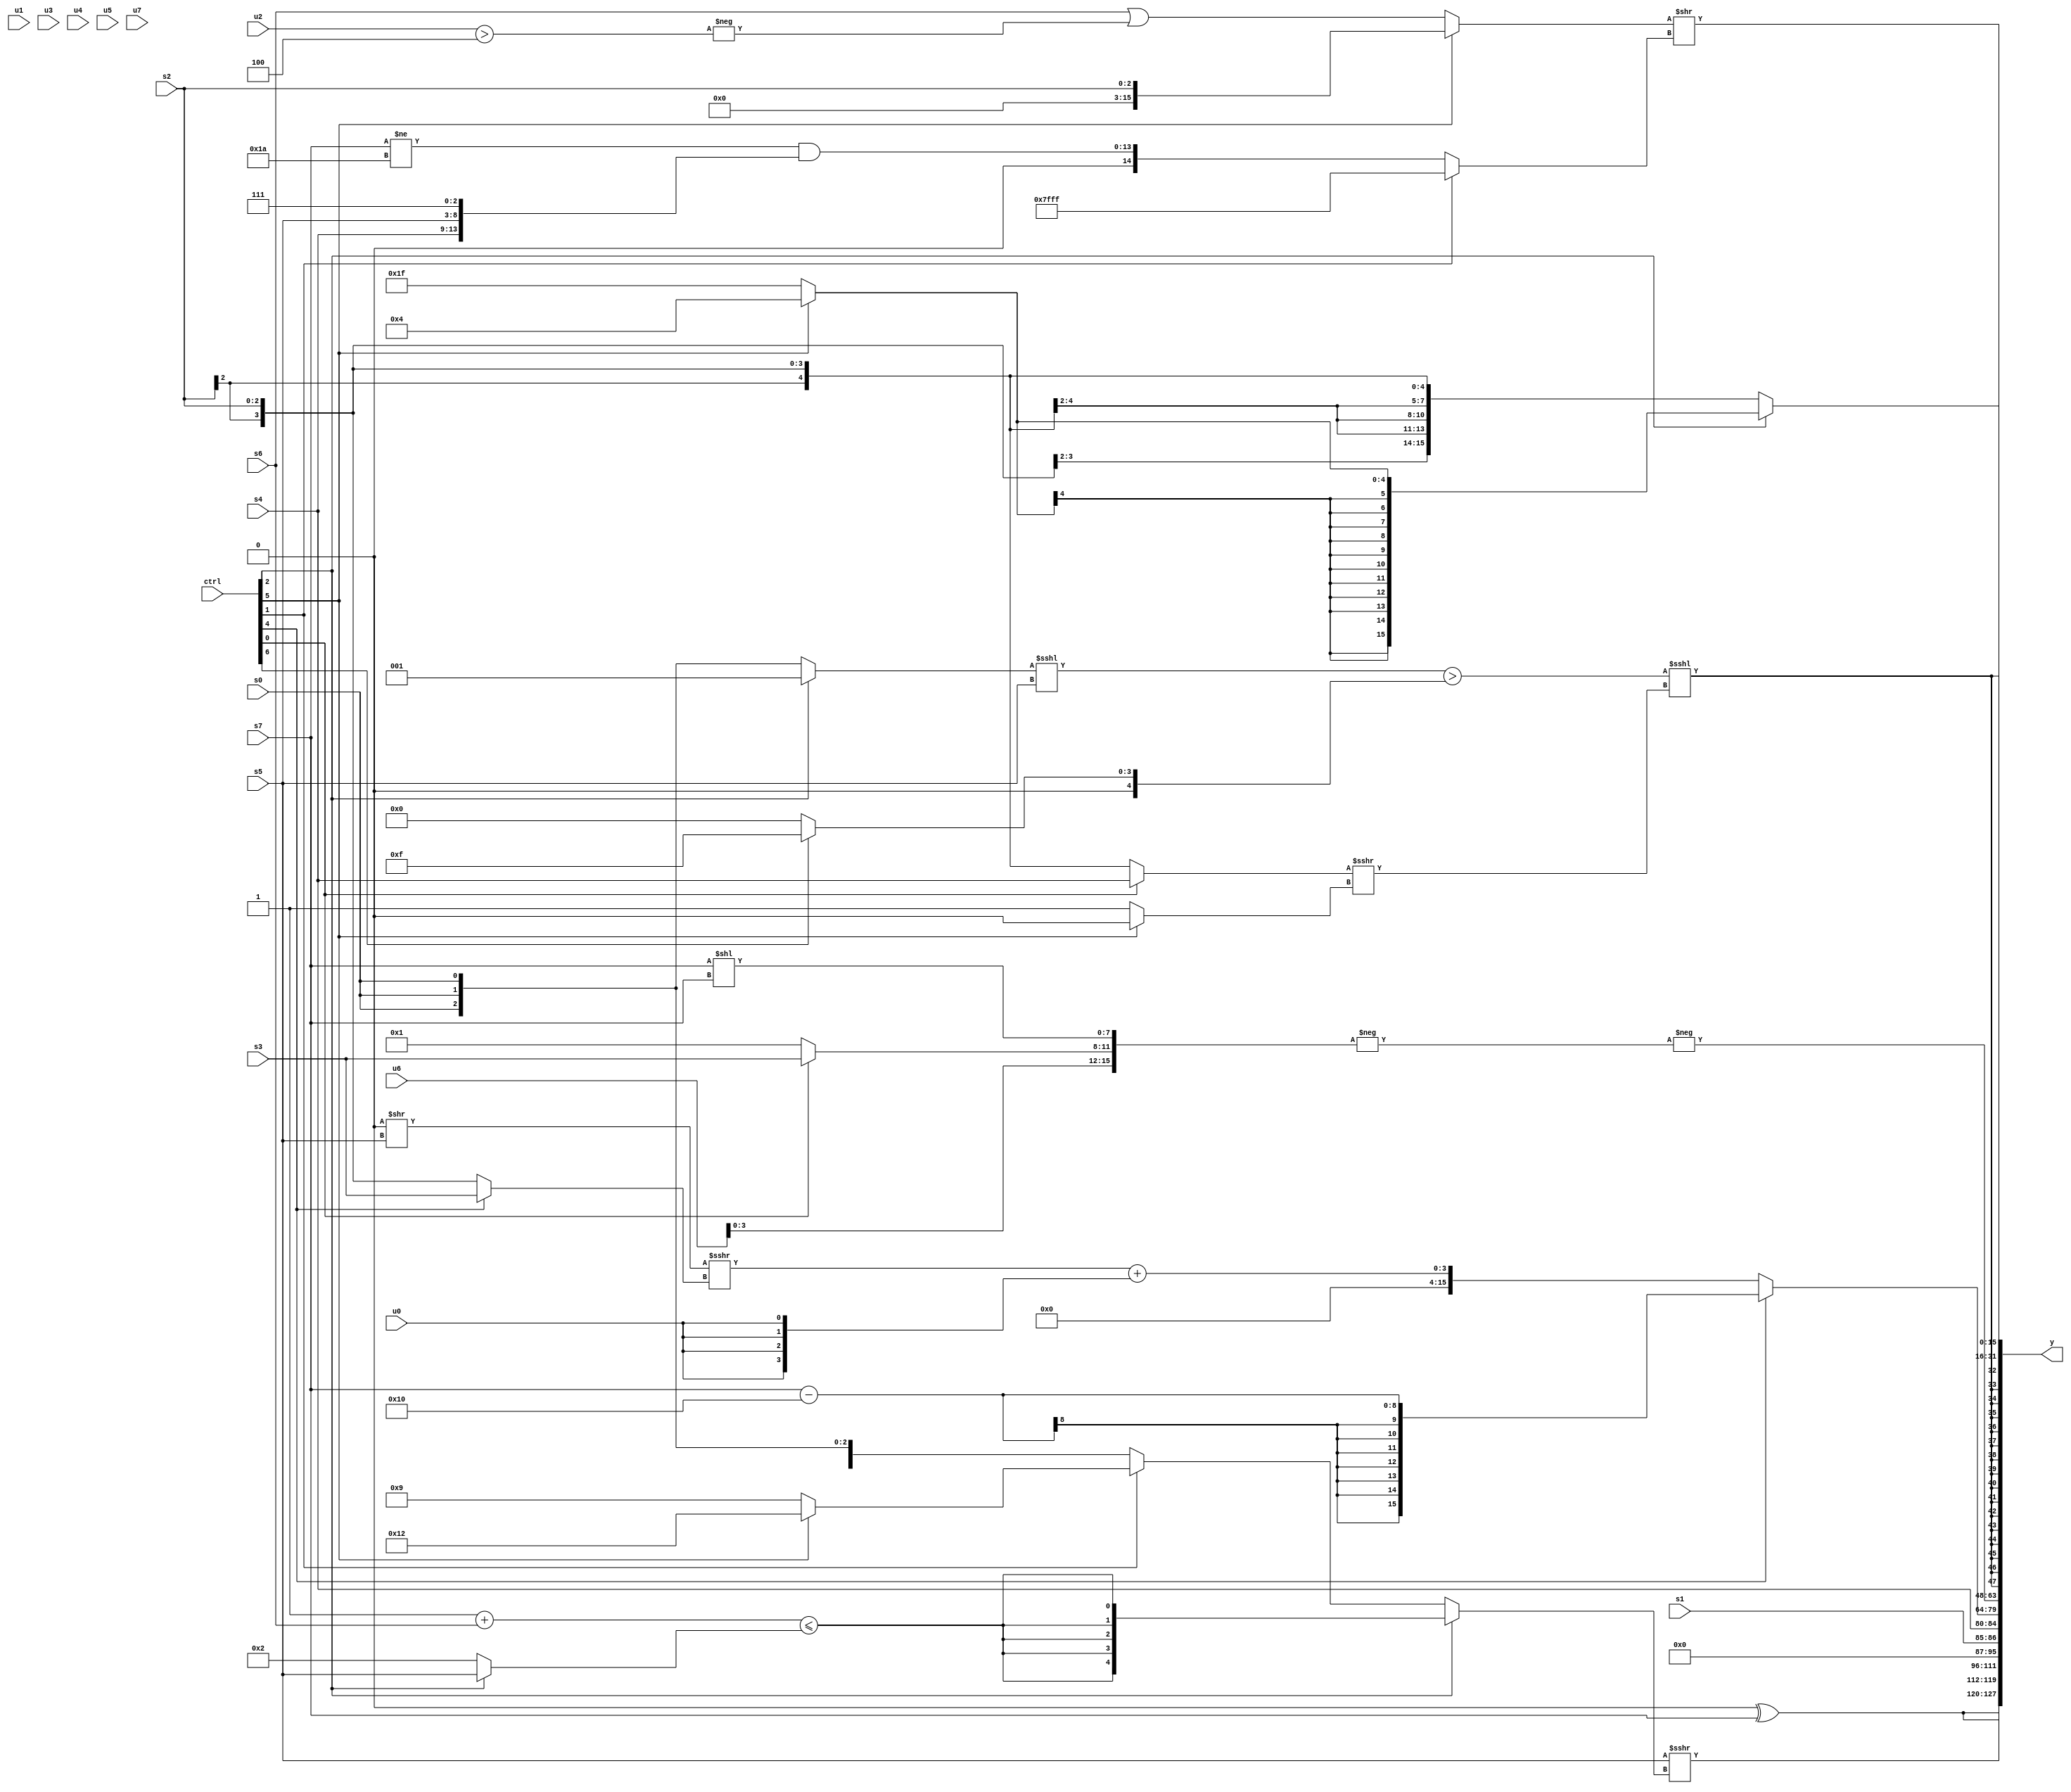
module wideexpr_00835(ctrl, u0, u1, u2, u3, u4, u5, u6, u7, s0, s1, s2, s3, s4, s5, s6, s7, y);
  input [7:0] ctrl;
  input [0:0] u0;
  input [1:0] u1;
  input [2:0] u2;
  input [3:0] u3;
  input [4:0] u4;
  input [5:0] u5;
  input [6:0] u6;
  input [7:0] u7;
  input signed [0:0] s0;
  input signed [1:0] s1;
  input signed [2:0] s2;
  input signed [3:0] s3;
  input signed [4:0] s4;
  input signed [5:0] s5;
  input signed [6:0] s6;
  input signed [7:0] s7;
  output [127:0] y;
  wire [15:0] y0;
  wire [15:0] y1;
  wire [15:0] y2;
  wire [15:0] y3;
  wire [15:0] y4;
  wire [15:0] y5;
  wire [15:0] y6;
  wire [15:0] y7;
  assign y = {y0,y1,y2,y3,y4,y5,y6,y7};
  assign y0 = {2{$signed(((((((ctrl[4]?-(s0):-(u0)))<<(!((s2)>>>(2'b10))))>>(s2))<<(s2))>>(+(4'sb1110)))^(s7))}};
  assign y1 = (s5)>>>((ctrl[2]?$signed(((1'sb1)+(s6))<=((ctrl[2]?s5:5'sb00010))):(ctrl[1]?(ctrl[5]?(ctrl[5]?5'sb10010:s4):+(5'sb01001)):s0)));
  assign y2 = {s1,s4};
  assign y3 = (ctrl[4]?(s7)-(+((5'b10000)^(&({1{3'sb101}})))):$signed({1{(((1'sb0)>>(s5))>>>((ctrl[4]?s3:s2)))+({4{u0}})}}));
  assign y4 = -($signed(-({2'sb00,u6,(ctrl[0]?s3:-(1'sb1)),$signed((s7)<<(s7))})));
  assign y5 = $signed($signed(((((ctrl[2]?3'sb001:s0))<<<({1{s5}}))>((ctrl[6]?(3'sb011)+(5'sb01100):2'sb00)))<<<(($signed((ctrl[0]?s4:s2)))>>>((ctrl[5]?+(4'sb0000):4'sb0001)))));
  assign y6 = ((ctrl[5]?s2:(s6)|(-(($signed(u2))>(3'sb100)))))>>({(ctrl[1]?$signed(4'sb1111):$signed(((s7)!=(5'b11010))&({1'sb0,s4,s5,3'sb111})))});
  assign y7 = +((ctrl[2]?(ctrl[5]?5'sb00100:1'sb1):s2));
endmodule